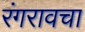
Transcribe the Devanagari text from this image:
रंगरावचा